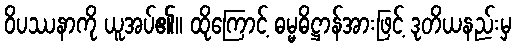
ဝိပဿနာကို ယူအပ်၏။ ထိုကြောင့် ဓမ္မဓိဋ္ဌာန်အားဖြင့် ဒုတိယနည်းမှ